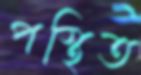
পস্থিত